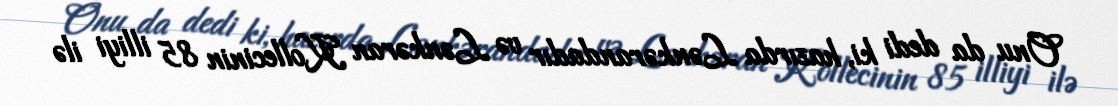
Onu da dedi ki, hazırda Lənkərandadır və Lənkəran Kollecinin 85 illiyi ilə